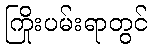
ကြိုးပမ်းရာတွင်